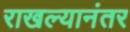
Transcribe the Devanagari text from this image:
राखल्यानंतर